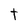
Character: t